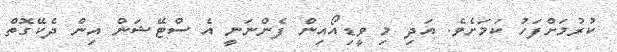
ކުރުމަށްފަހު ކަމަށެވެ. އަދި މި ވީޑިއޯއިން ފެންނަނީ އެ ސްޓޭޝަން އިން ދެކޭގޮތް